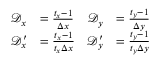
\begin{array} { r l r l } { \mathscr D _ { x } } & { = \frac { t _ { x } - 1 } { \Delta x } } & { \mathscr D _ { y } } & { = \frac { t _ { y } - 1 } { \Delta y } } \\ { \mathscr D _ { x } ^ { \prime } } & { = \frac { t _ { x } - 1 } { t _ { x } \Delta x } } & { \mathscr D _ { y } ^ { \prime } } & { = \frac { t _ { y } - 1 } { t _ { y } \Delta y } } \end{array}